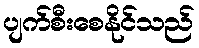
ပျက်စီးစေနိုင်သည်